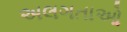
અલગતાઓ